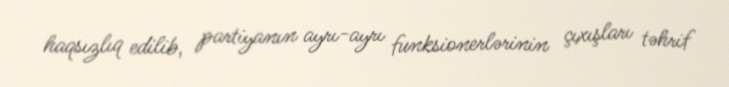
haqsızlıq edilib, partiyanın ayrı-ayrı funksionerlərinin çıxışları təhrif